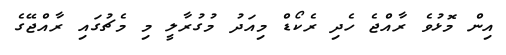
އިން މޮޅުވެ ރާއްޖެ ހެދި ރެކޯޑް މިއަދު މުގުރާލީ މި މެޗުގައި ރާއްޖޭގެ